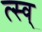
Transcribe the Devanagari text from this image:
त्स्व्